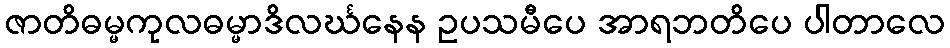
ဇာတိဓမ္မကုလဓမ္မာဒိလင်္ဃနေန ဥပသမီပေ အာရဘတိပေ ပါတာလေ